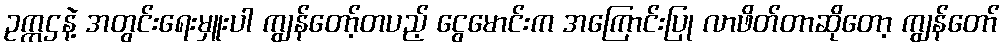
ဥက္ကဌနဲ့ အတွင်းရေးမှူးပါ ကျွန်တော့်တပည့် ငွေမောင်းက အကြောင်းပြု လာဖိတ်တာဆိုတော့ ကျွန်တော်